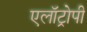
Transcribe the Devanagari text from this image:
एलॉट्रोपी